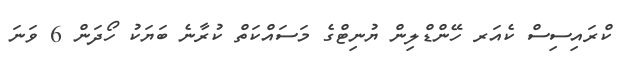
ކްރައިސިސް ކެއަރ ހޭންޑްލިން ޔުނިޓްގެ މަސައްކަތް ކުރާނެ ބަޔަކު ހޯދަން 6 ވަނަ